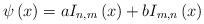
LaTeX: \begin{align*}\psi \left( x\right) =aI_{n,m}\left( x\right) +bI_{m,n}\left( x\right)\end{align*}